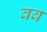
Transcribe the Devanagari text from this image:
वव